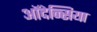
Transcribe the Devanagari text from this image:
ऑदेन्सिया